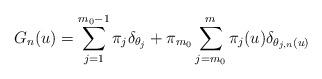
LaTeX: \begin{align*} G_n(u) = \sum_{j=1}^{m_0 - 1} \pi_j \delta_{\theta _j} + \pi_{m_0}\sum_{j= m_0}^m \pi_j(u) \delta _{\theta_{j,n}(u)}\end{align*}